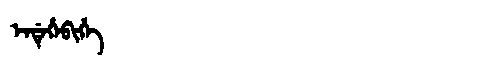
Manchu: ᡝᠨᡩᡝᡥᡝᠪᡳᡥᡝ
Romanization: ENDEHEBIHE